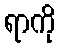
ရာကို